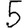
Digit: 5